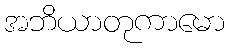
အဘိယာတုကာမော